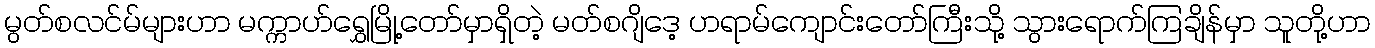
မွတ်စလင်မ်များဟာ မက္ကာဟ်ရွှေမြို့တော်မှာရှိတဲ့ မတ်စဂျိဒေ့ ဟရာမ်ကျောင်းတော်ကြီးသို့ သွားရောက်ကြချိန်မှာ သူတို့ဟာ